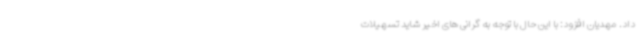
داد. مهدیان افزود: با این حال با توجه به گرانی های اخیر شاید تسهیلات